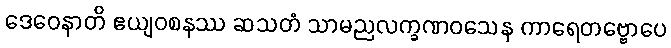
ဒေဝေနာတိ ဧယျဝစနဿ ဆသတံ သာမညလက္ခဏဝသေန ကာရေတဗ္ဗောပေ